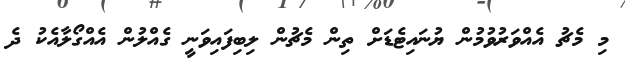
މި މެޗު އެއްވަރުވުމުން ޔުނައިޓެޑަށް ތިން މެޗުން ލިބިފައިވަނީ ގެއްލުން އެއްގޯލާއެކު ދެ